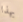
بهذا